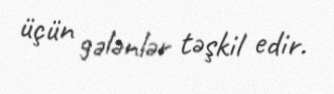
üçün gələnlər təşkil edir.